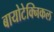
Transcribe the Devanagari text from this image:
बायोटेक्निकल